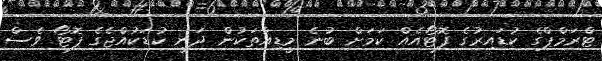
ޓްރަމްޕްގެ ކުޑައިރުގެ ފޮޓޯއެއް ކަމަށް ބުނެ މީޑިއާތަކުން ދަނީ ކުޑަކުއްޖެގެ ފޮޓޯ ވެސް